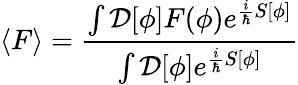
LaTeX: \langle F\rangle={\frac{\int{\mathcal{D}}[\phi]F(\phi)e^{{\frac{i}{\hbar}}S[\phi]}}{\int{\mathcal{D}}[\phi]e^{{\frac{i}{\hbar}}S[\phi]}}}